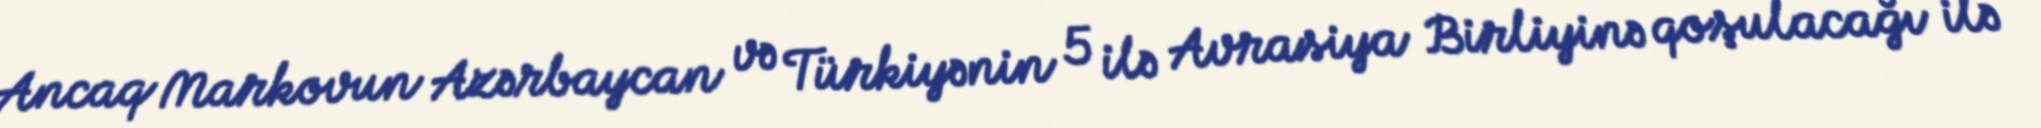
Ancaq Markovun Azərbaycan və Türkiyənin 5 ilə Avrasiya Birliyinə qoşulacağı ilə